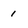
Character: 1